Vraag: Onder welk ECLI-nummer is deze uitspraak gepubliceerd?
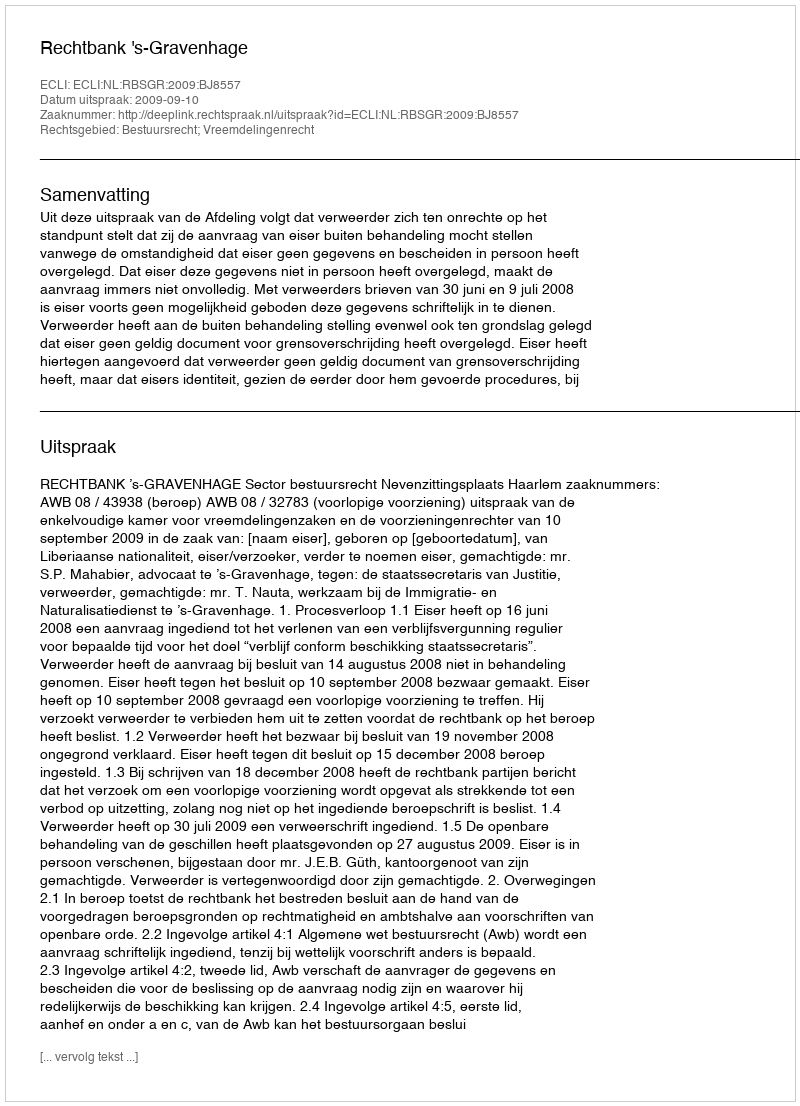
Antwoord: ECLI:NL:RBSGR:2009:BJ8557